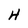
Character: H